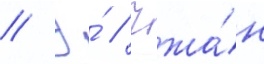
// Э́ // Чжа́н